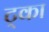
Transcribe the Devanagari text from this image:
ट्का